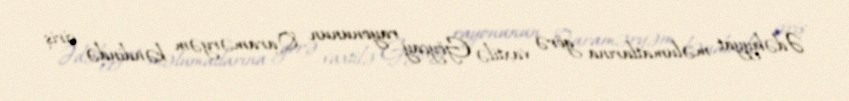
Ədəbiyyat məlumatlarına görə vaxtilə Göyçay rayonunun Qaraməryəm kəndində çiriş